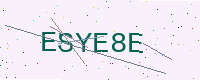
Text: ESYE8E